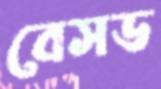
বেসড